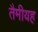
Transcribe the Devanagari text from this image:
तैमीयह